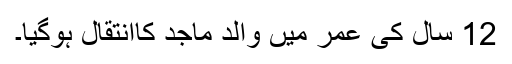
12 سال کی عمر میں والدِ ماجد کاانتقال ہوگیا۔